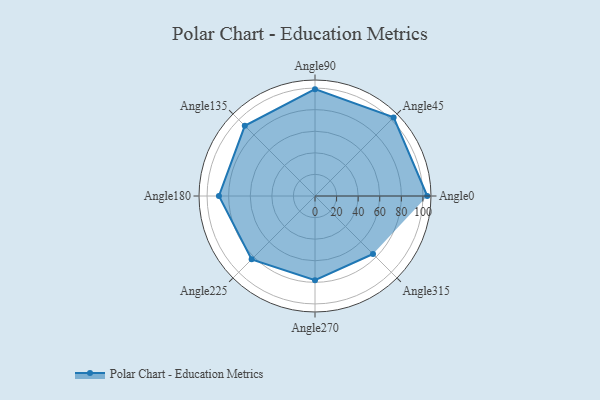
{"axis": {"x": "Angle", "y": "Radius"}, "legend": [""], "data": [{"x": "Angle0", "y": 104.0, "type": ""}, {"x": "Angle45", "y": 103.0, "type": ""}, {"x": "Angle90", "y": 99.0, "type": ""}, {"x": "Angle135", "y": 92.0, "type": ""}, {"x": "Angle180", "y": 89.0, "type": ""}, {"x": "Angle225", "y": 83.0, "type": ""}, {"x": "Angle270", "y": 78.0, "type": ""}, {"x": "Angle315", "y": 76.0, "type": ""}]}